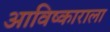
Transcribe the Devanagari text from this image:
आविष्काराला